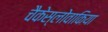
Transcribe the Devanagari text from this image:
चैकेस्लोवाकिया